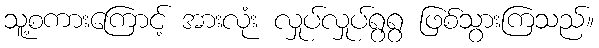
သူ့စကားကြောင့် အားလုံး လှုပ်လှုပ်ရွရွ ဖြစ်သွားကြသည်။